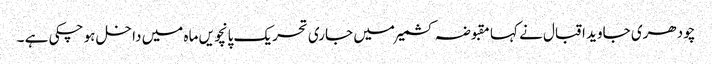
چودھری جاوید اقبال نے کہا مقبوضہ کشمیر میں جاری تحریک پانچویں ماہ میں داخل ہو چکی ہے ۔